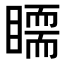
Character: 𥋃